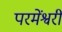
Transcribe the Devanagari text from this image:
परमेंश्वरी